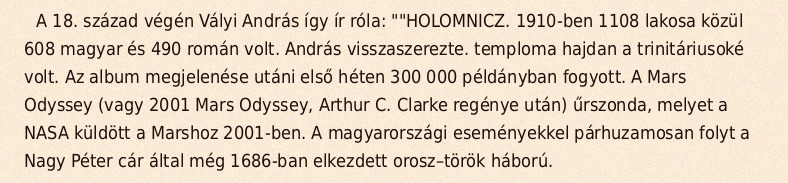
A 18. század végén Vályi András így ír róla: ""HOLOMNICZ. 1910-ben 1108 lakosa közül 608 magyar és 490 román volt. András visszaszerezte. temploma hajdan a trinitáriusoké volt. Az album megjelenése utáni első héten 300 000 példányban fogyott. A Mars Odyssey (vagy 2001 Mars Odyssey, Arthur C. Clarke regénye után) űrszonda, melyet a NASA küldött a Marshoz 2001-ben. A magyarországi eseményekkel párhuzamosan folyt a Nagy Péter cár által még 1686-ban elkezdett orosz–török háború.